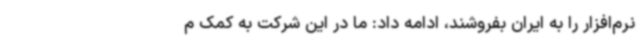
نرم‌افزار را به ایران بفروشند، ادامه داد: ما در این شرکت به کمک م